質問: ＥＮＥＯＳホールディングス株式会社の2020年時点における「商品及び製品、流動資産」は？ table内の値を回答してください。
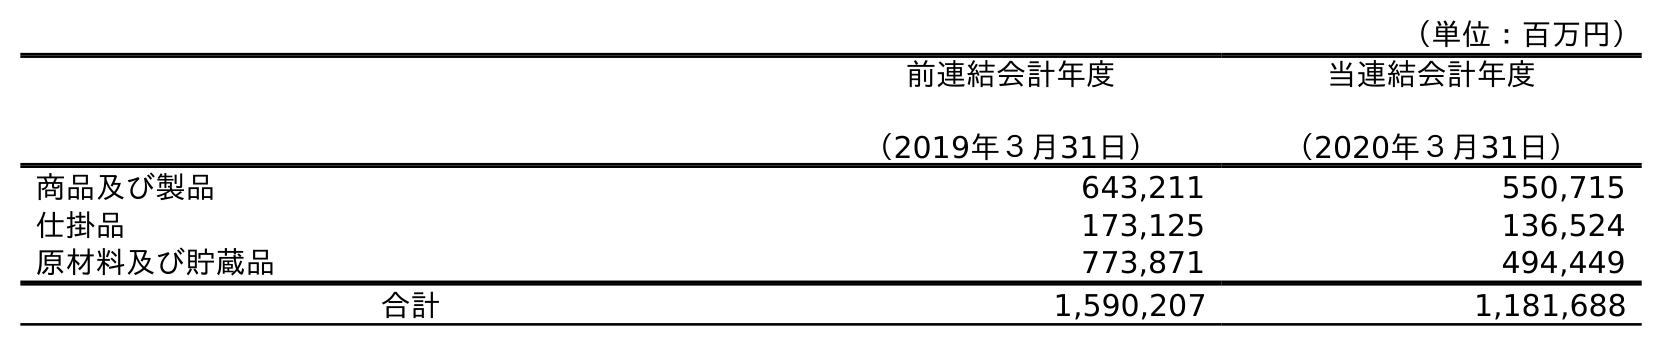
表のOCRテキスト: （単位：百万円） 前連結会計年度 （2019年３月31日） 当連結会計年度 （2020年３月31日） 商品及び製品 643,211 550,715 仕掛品 173,125 136,524 原材料及び貯蔵品 773,871 494,449 合計 1,590,207 1,181,688
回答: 550,715